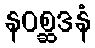
နဝစ္ဆဒနံ